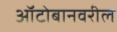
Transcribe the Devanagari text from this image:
ऑटोबानवरील